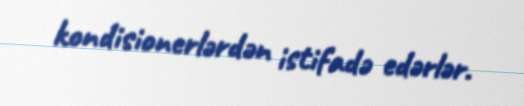
kondisionerlərdən istifadə edərlər.